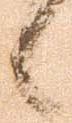
候